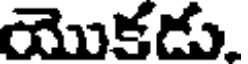
యొకడు.